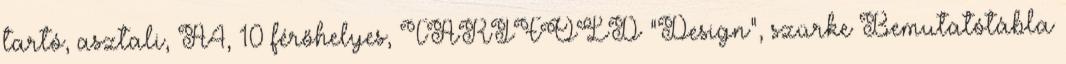
tartó, asztali, A4, 10 férőhelyes, TARIFOLD "Design", szürke Bemutatótábla